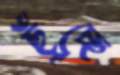
ছুঁচ্ছে